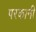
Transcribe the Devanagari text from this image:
परकानी